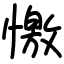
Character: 憿